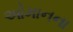
ઓમાનના